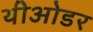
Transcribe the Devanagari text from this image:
थीओडर